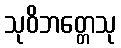
သုဝိဘတ္တေသု